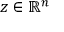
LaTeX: z \in \mathbb { R } ^ { n }